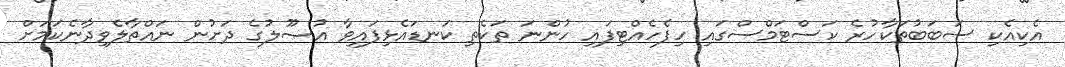
އެކިއެކި ސަބަބުތަކާހުރެ ކަސްޓަމްސްގައި ހިފެހެއްޓިފައި ހުންނަ ތަކެތި ކަނޑައެޅިފައިވާ އުޞޫލުގެ ދަށުން ނައްތާލެވިދާނެކަމަށް